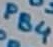
Text: PB4